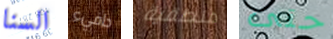
السنا دافيء منطقية حتى